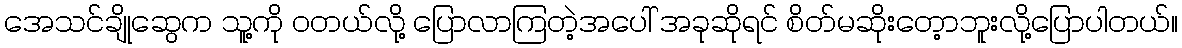
အေသင်ချိုဆွေက သူ့ကို ဝတယ်လို့ ပြောလာကြတဲ့အပေါ် အခုဆိုရင် စိတ်မဆိုးတေ့ာဘူးလို့ပြောပါတယ်။